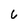
Character: 6